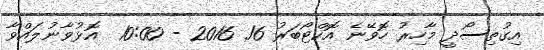
އިގުތިސޯދީ މާހިރު ހޮވޭނެ އޮކްޓޯބަރު 16